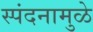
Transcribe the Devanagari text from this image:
स्पंदनामुळे